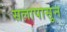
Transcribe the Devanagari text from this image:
सलापासून